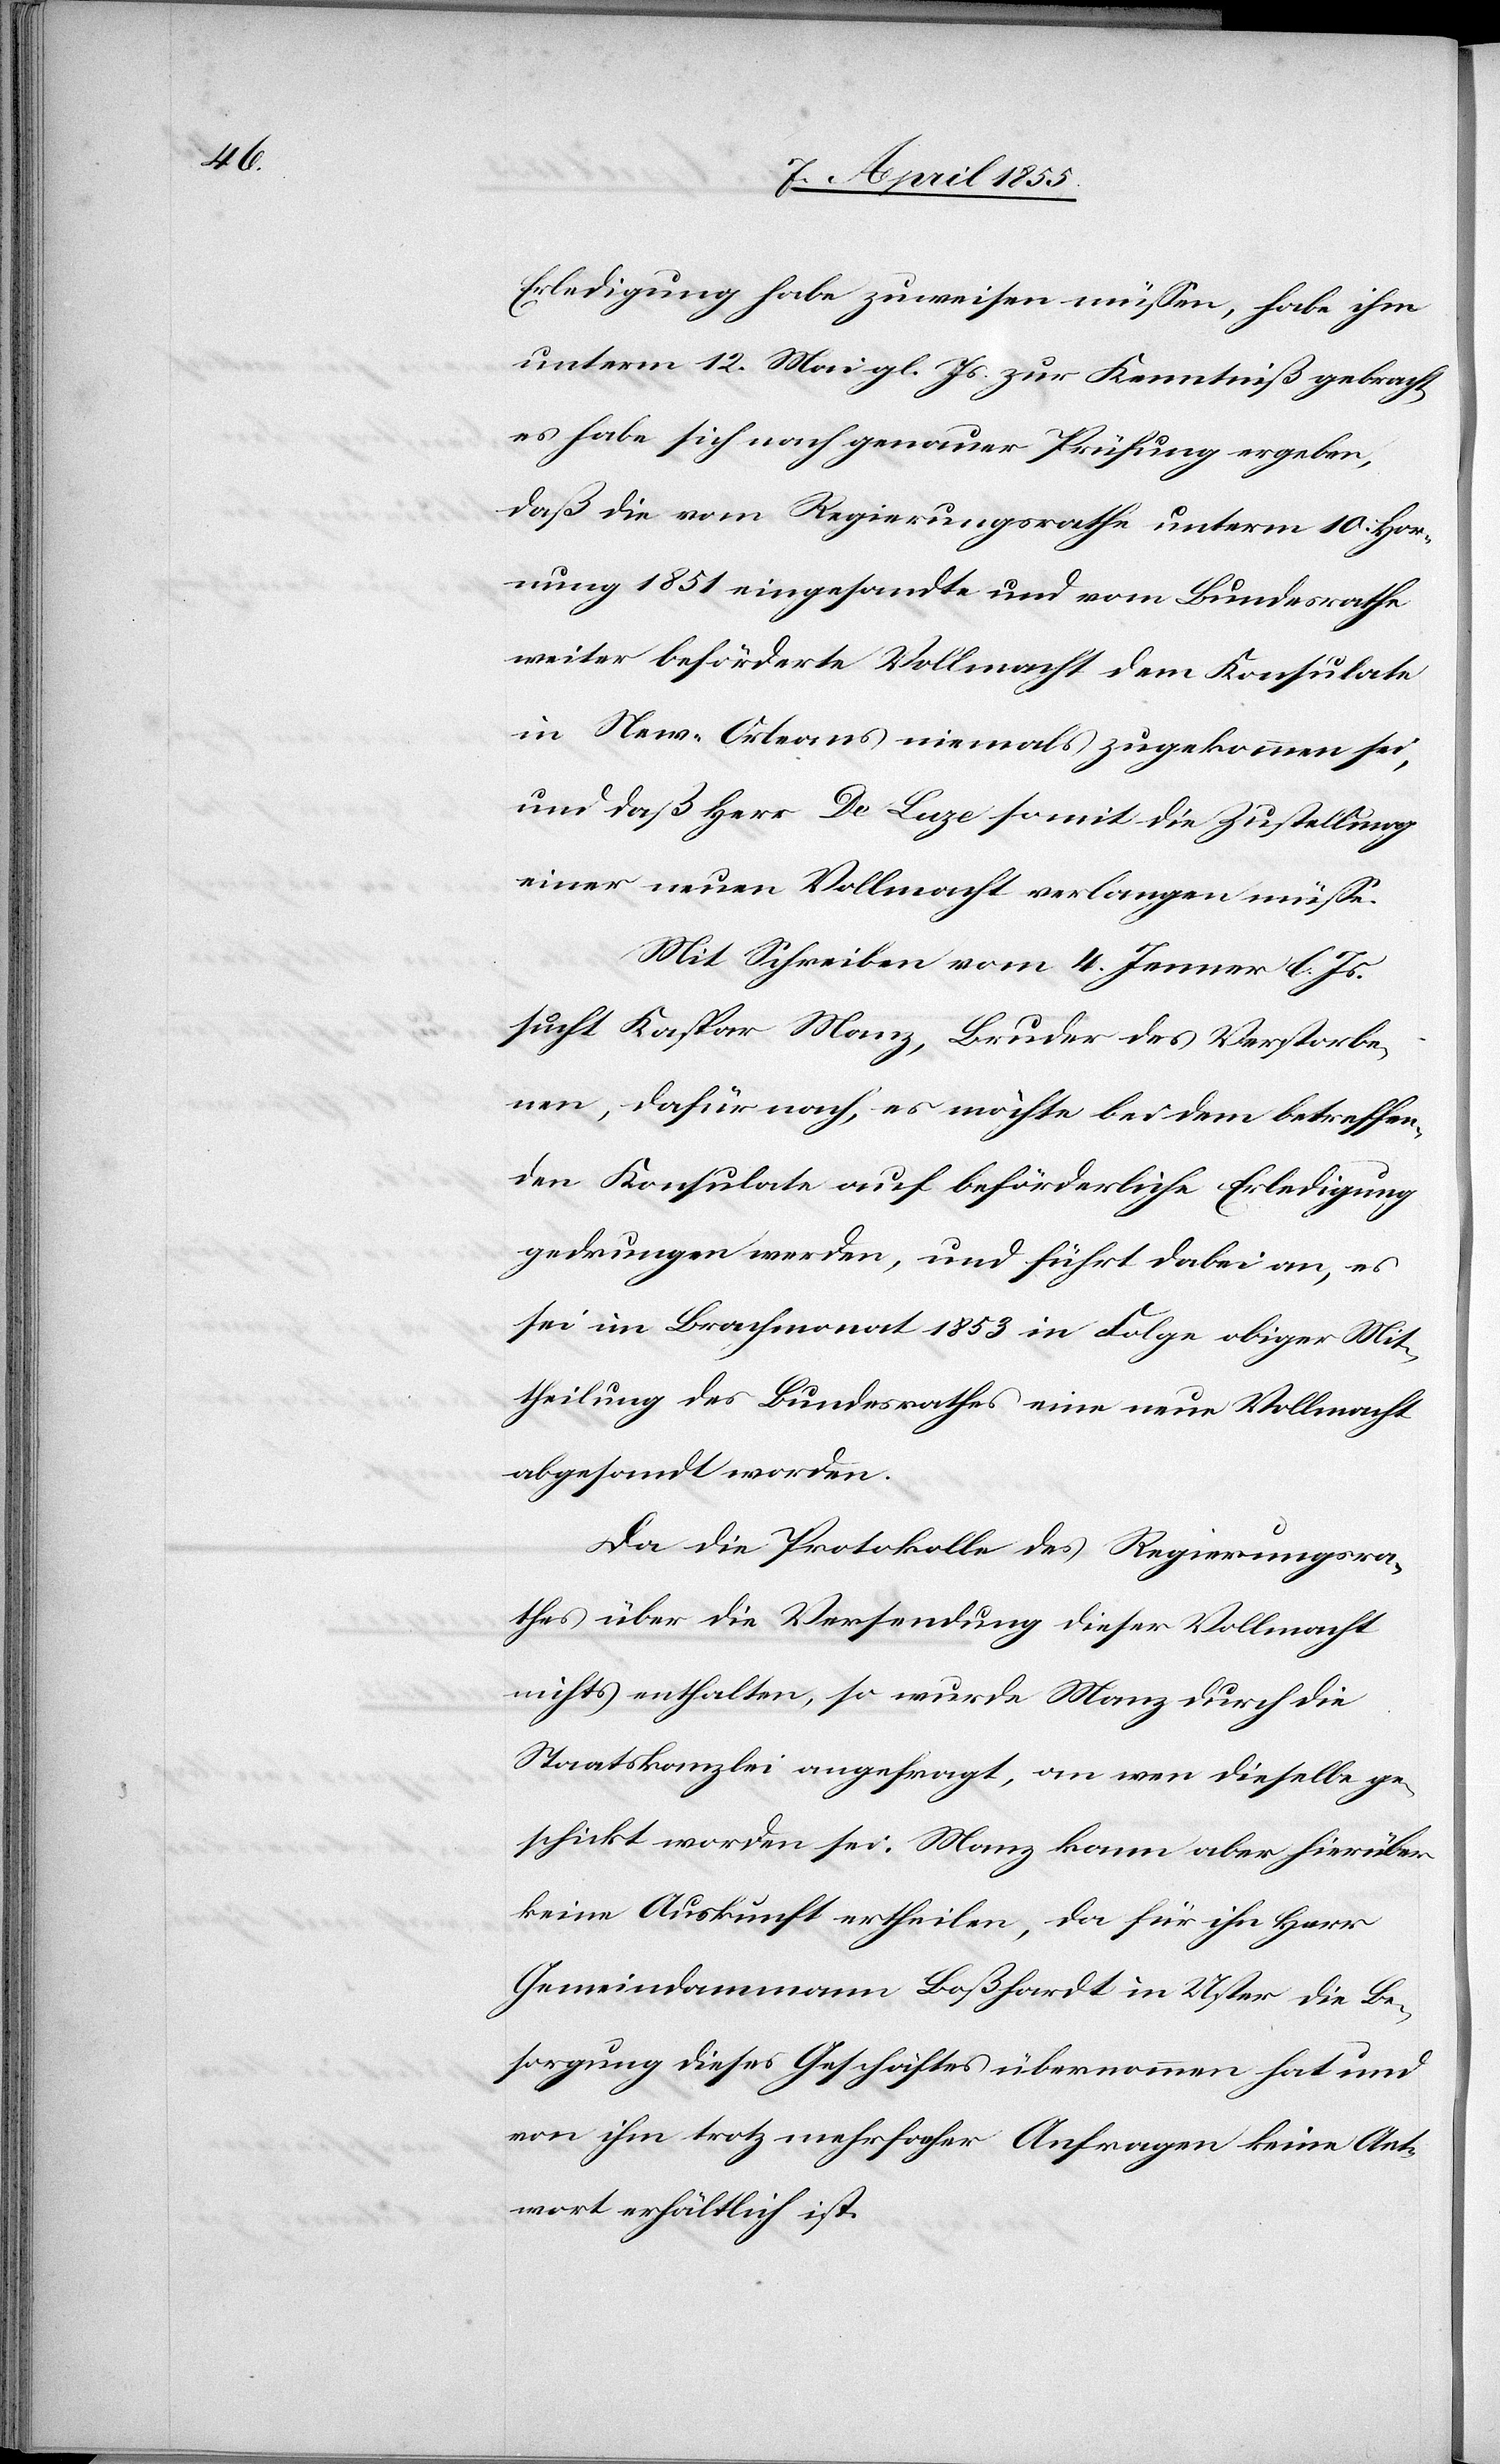
Erledigung habe zuweisen müssen, habe ihm
unterm 12. Mai gl. Js. zur Kenntniß gebracht,
es habe sich nach genauer Prüfung ergeben,
daß die vom Regierungsrathe unterm 10. Hor¬
nung 1851 eingesandte und vom Bundesrathe
weiter beförderte Vollmacht dem Konsulate
in New-Orleans niemals zugekommen sei,
und daß Herr De Luze somit die Zustellung
einer neuen Vollmacht verlangen müsse.
Mit Schreiben vom 4. Jenner l. Js.
sucht Kaspar Manz, Bruder des Verstorbe¬
nen, dafür nach, es möchte bei dem betreffen¬
den Konsulate auf beförderliche Erledigung
gedrungen werden, und führt dabei an, es
sei im Brachmonat 1853 in Folge obiger Mit¬
theilung des Bundesrathes eine neue Vollmacht
abgesandt worden.
Da die Protokolle des Regierungsra¬
thes über die Versendung dieser Vollmacht
nichts enthalten, so wurde Manz durch die
Staatskanzlei angefragt, an wen dieselbe ge¬
schickt worden sei. Manz kann aber hierüber
keine Auskunft ertheilen, da für ihn Herr
Gemeindammann Boßhardt in Uster die Be¬
sorgung dieses Geschäftes übernommen hat und
von ihm trotz mehrfacher Anfragen keine Ant¬
wort erhältlich ist.